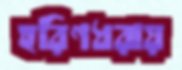
হরিণধরায়